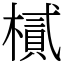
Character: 樲